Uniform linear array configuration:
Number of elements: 24
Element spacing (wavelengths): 0.75
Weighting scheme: cosine
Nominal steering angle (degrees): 0
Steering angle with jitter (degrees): -1.066
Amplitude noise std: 0.05
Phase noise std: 0.05

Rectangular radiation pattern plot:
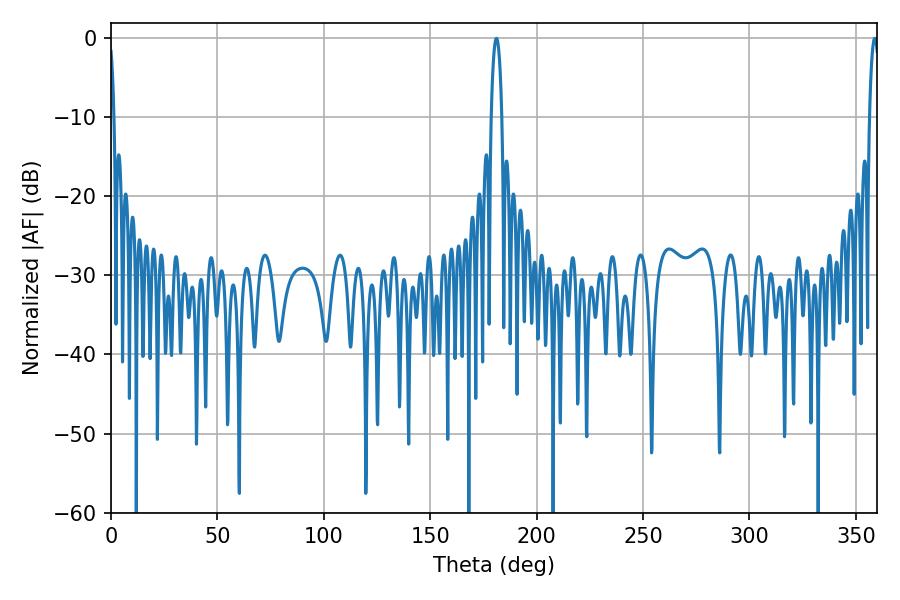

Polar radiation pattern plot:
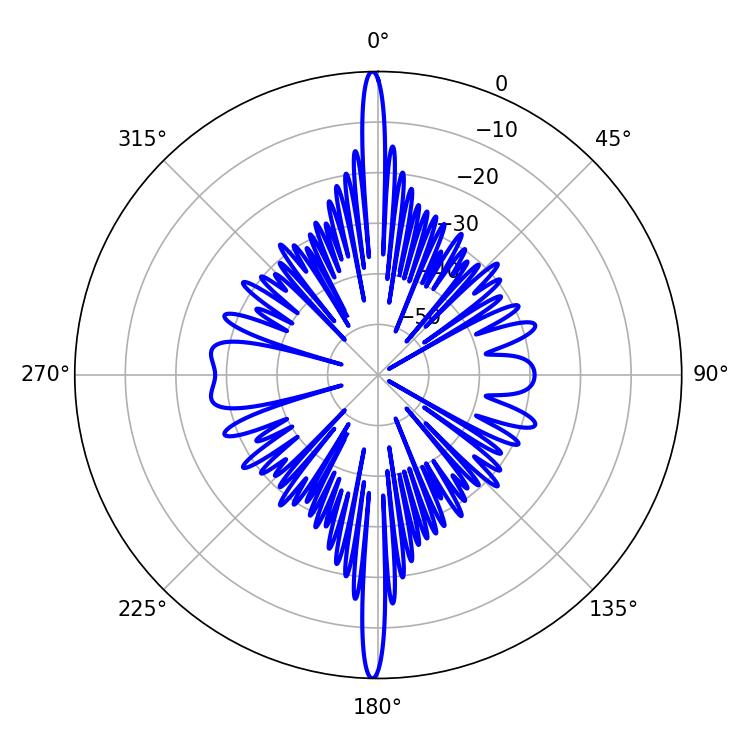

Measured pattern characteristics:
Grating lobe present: TRUE
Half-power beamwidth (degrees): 2.88
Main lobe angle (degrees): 181.08